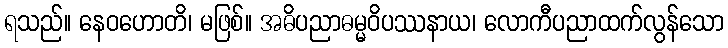
ရသည်။ နေဝဟောတိ၊ မဖြစ်။ အဓိပညာဓမ္မဝိပဿနာယ၊ လောကီပညာထက်လွန်သော